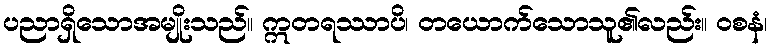
ပညာရှိသောအမျိုးသည်။ ဣတရဿာပိ၊ တယောက်သောသူ၏လည်း။ ဝစနံ၊